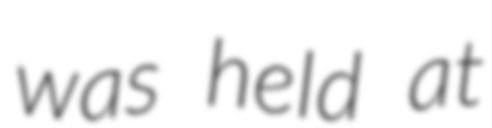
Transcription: was held at